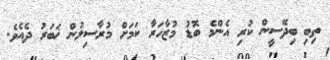
ތިބި ބިދޭސީން ކުރި އެންމެ ބޮޑު މުޒާހަރާ ކަމަށް މުރާސިލުން ޚަބަރު ދެއެވެ.